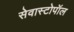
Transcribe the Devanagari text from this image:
सेवास्टोपॉल